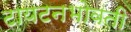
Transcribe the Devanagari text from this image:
टायटनभोवती